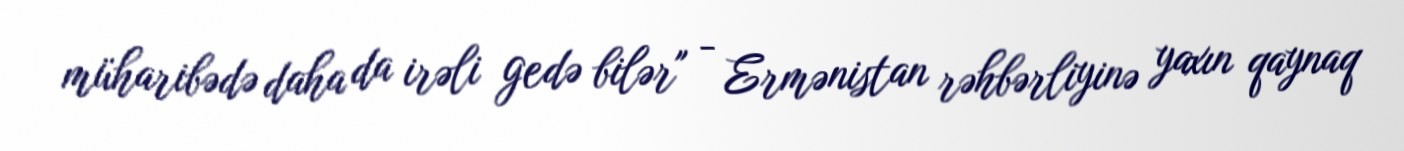
müharibədə daha da irəli gedə bilər" - Ermənistan rəhbərliyinə yaxın qaynaq